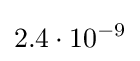
2.4\cdot 10^{-9}